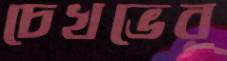
চেখভের